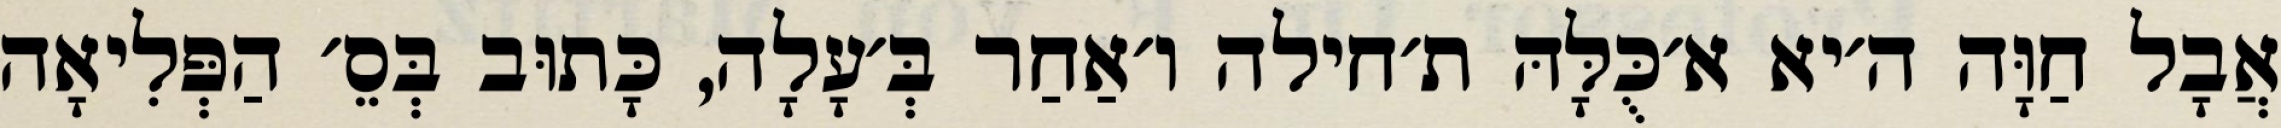
אֲבָל חַוָּה ה׳יא א׳כֻּלָּהּ ת׳חילה ו׳אַחַר בְּ׳עָלָה, כָּתוּב בְּסֵ׳ הַפְּלִיאָה